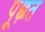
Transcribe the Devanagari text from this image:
पूछ़त